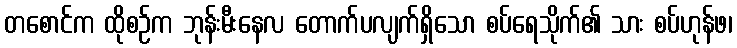
တစောင်က ထိုစဉ်က ဘုန်းမီးနေလ တောက်ပလျက်ရှိသော စပ်ရေသိုက်၏ သား စပ်ဟုန်ဖ၊